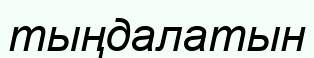
тыңдалатын